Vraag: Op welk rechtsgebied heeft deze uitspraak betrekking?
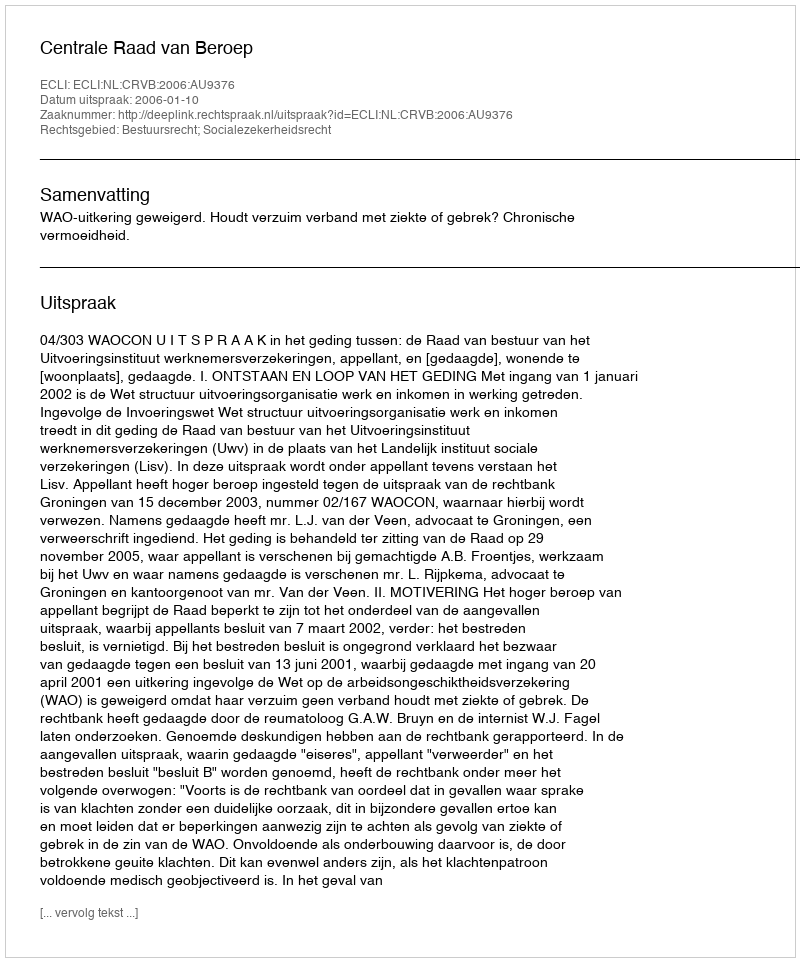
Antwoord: Bestuursrecht; Socialezekerheidsrecht